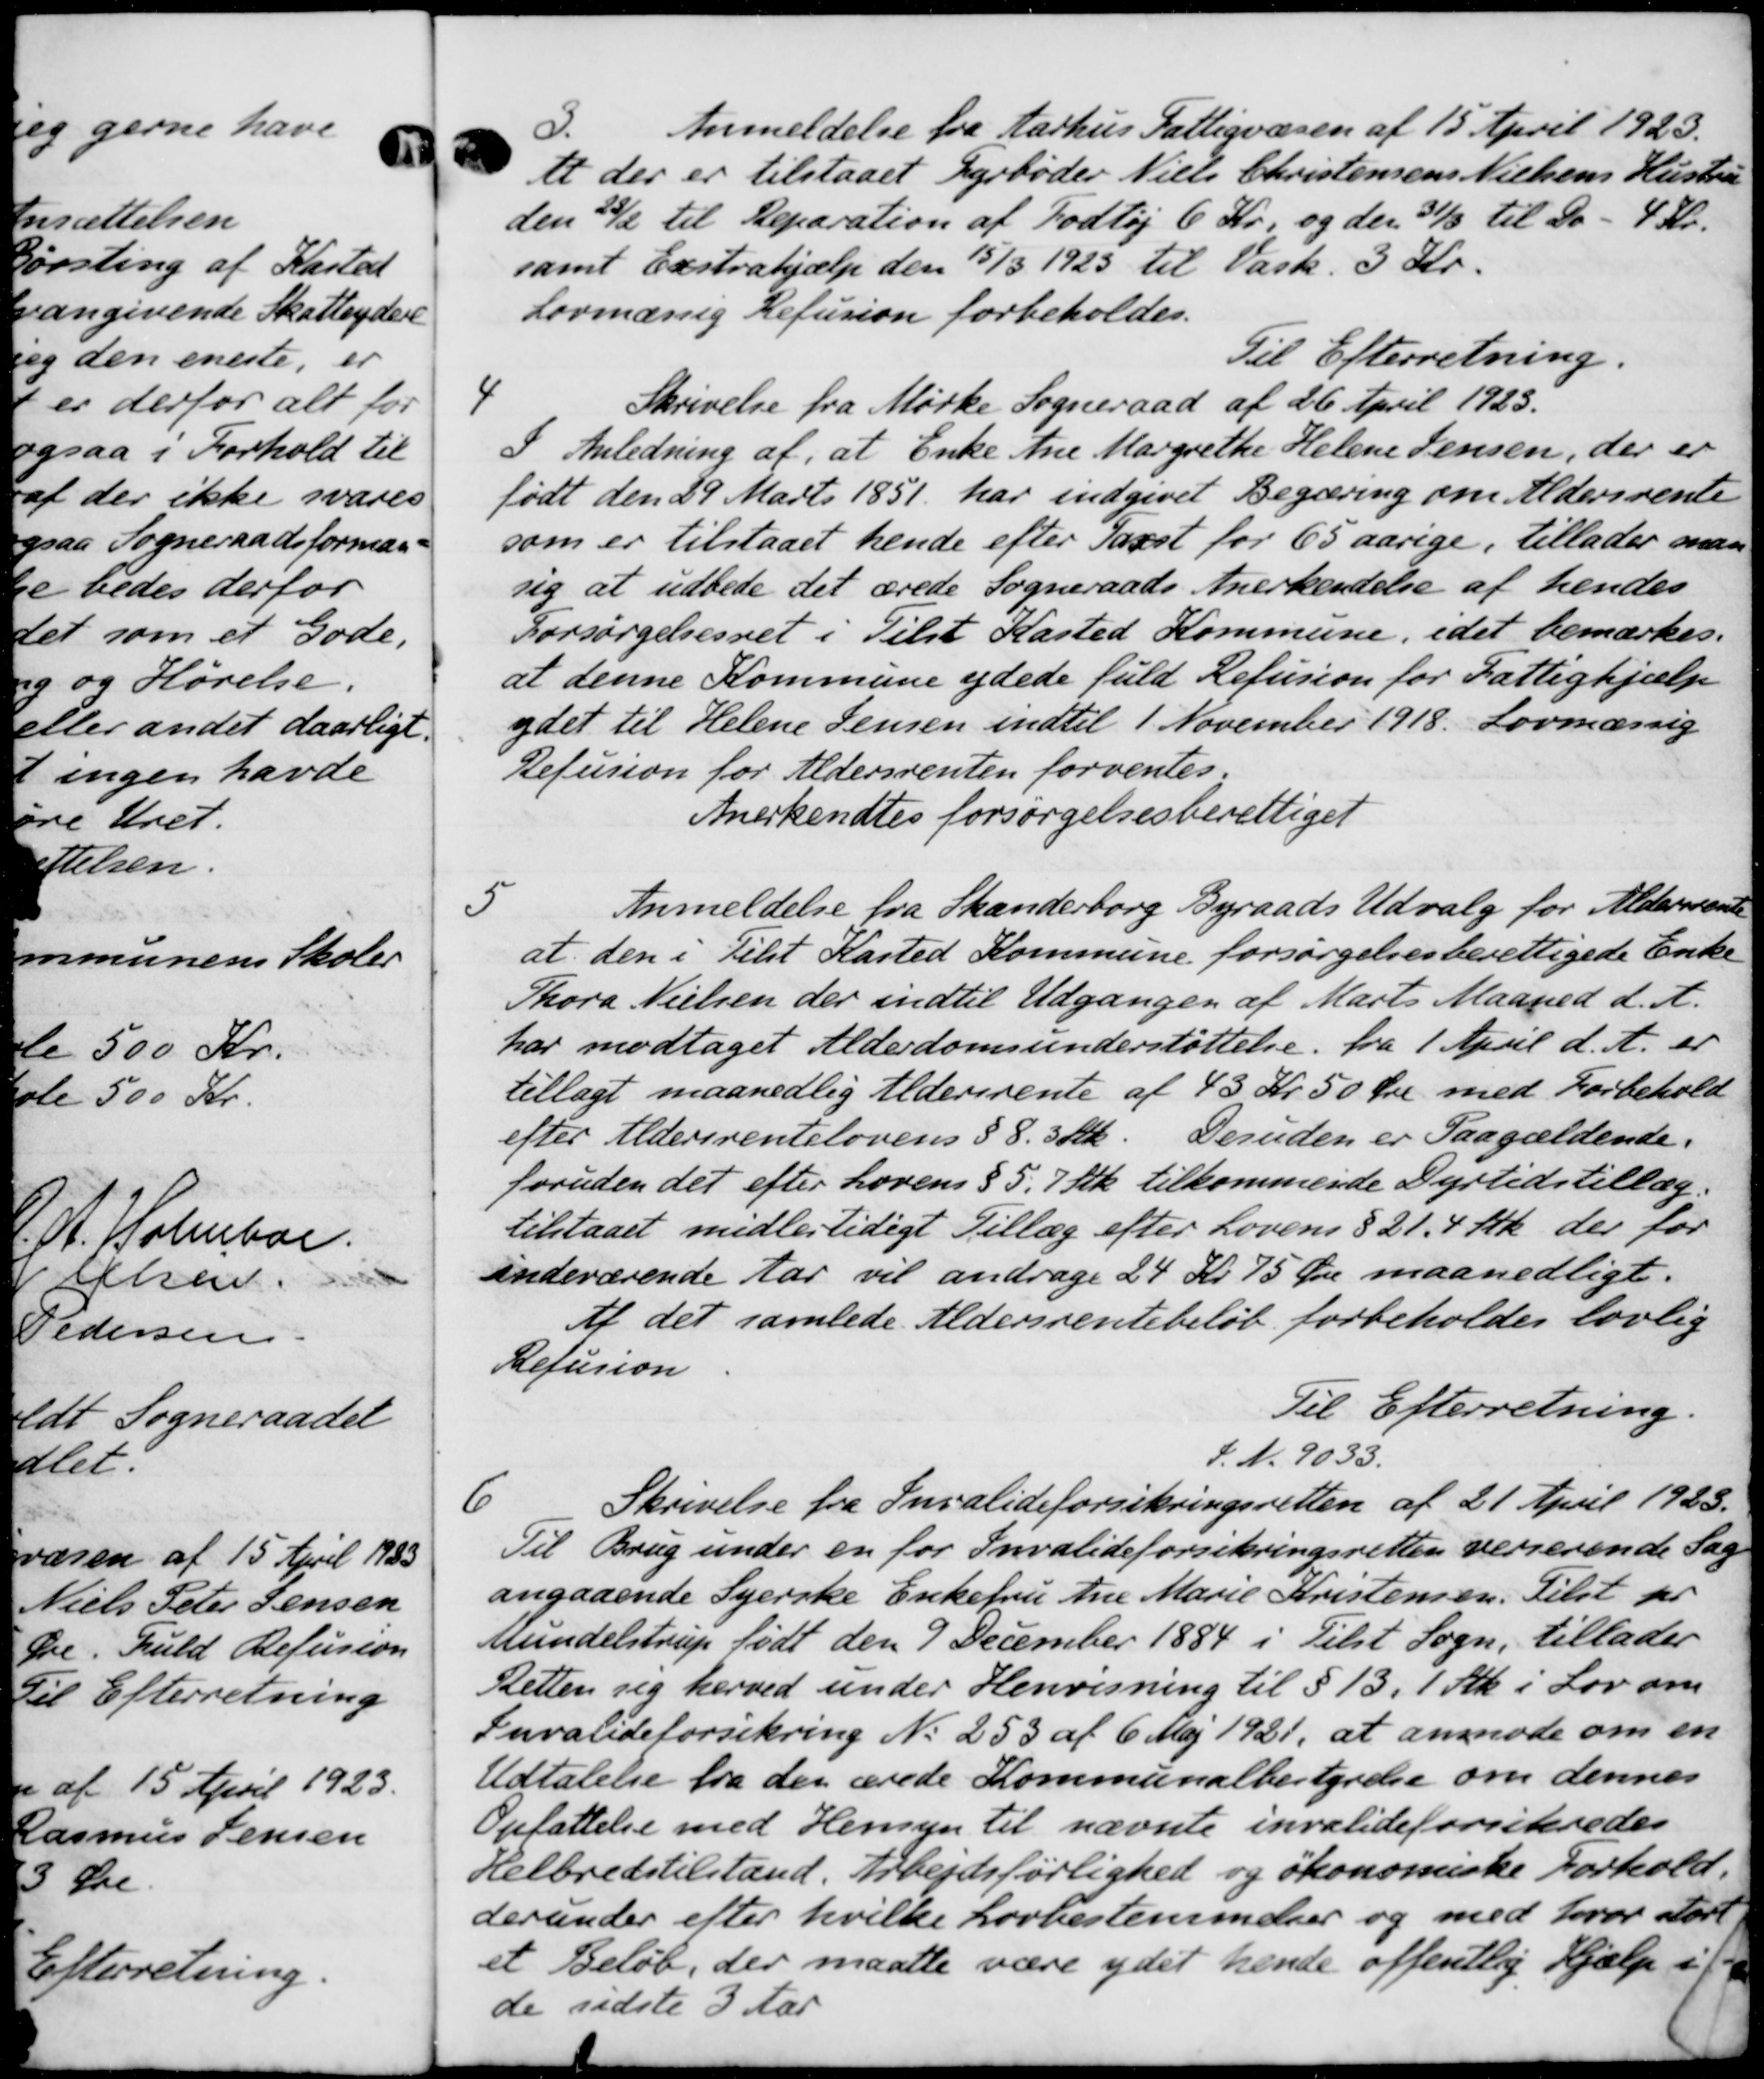
Transskription:
Anmeldelse fra Aarhus Fattigvæsen af 15 April 1923.
ti der er tilstaaet Fyrbøder Niels Christensens Nielsens Hustru
den 22/2 til Reparation af Fodtøj 6 Kr. og den 31/3 til Do - 4 Kr.
samt Exstrahjælp den 5/3 1923 til Vask. 3 Kr.
Lovmæssig Refusion forbeholdes.
Til Efterretning.
4
Skrivelse fra Mørke Sogneraad af 26 April 1923.
I Anledning af, at Enke Ane Margrethe Helene Jensen, der er
født den 29 Marts 1851 har indgivet Begæring om Aldersrente
som er tilstaaet hende efter Takst for 65 aarige, tillader man
sig at udbede det ærede Sogneraads Anerkendelse af hendes
Forsørgelsesret i Tilst Kasted Kommune, idet bemærkes.
at denne Kommune ydede fuld Refusion for Fattighjælp
ydet til Helene Jensen indtil 1 November 1918. Lovmæssig
Refusion for Aldersrenten forventes.
Anerkendtes forsørgelsesberettiget
5
Anmeldelse fra Skanderborg Byraads Udvalg for Aldersrente
at den i Tilst Kasted Kommune forsørgelsesberettigede Enke
Thora Nielsen der indtil Udgangen af Marts Maaned d. A.
har modtaget Alderdomsunderstøttelse fra 1 April d. A. er
tillagt maanedlig Aldersrente af 45 Kr. 50 Øre med Forbehold
efter Aldersrentelovens § 8. 3 Stk. Desuden er Paagældende.
foruden det efter Lovens § 5. 7 Stk tilkommende Dyrtidstillæg.
tilstaaet midlertidigt Tillæg efter Lovens § 21. 4 Stk, der for
indeværende Aar vil andrage 24 Kr. 75 Øre maanedligt.
Af det samlede Aldersrentebeløb forbeholdes lovlig
Refusion
Til Efterretning.
F. N. 9033.
6
Skrivelse fra Invalideforsikringsretten af 21 April 1923.
Til Brug under en for Invalideforsikringsretten verserende Sag
angaaende Syerske Enkefru Ane Marie Kristensen. Tilst pr
Mundelstrup født den 9 December 1884 i Tilst Sogn, tillader
Retten sig herved under Henvisning til § 13, 1 Stk i Lov om
Invalideforsikring N. 253 af 6 Maj 1921, at anmode om en
Udtalelse fra den ærede Kommunalbestyrelse om dennes
Opfattelse med Hensyn til nævnte invalideforsikredes
Helbredstilstand. Arbejdsførlighed og økonomiske Forhold.
derunder efter hvilke Lovbestemmelser og med hvor Aart
et Beløb, der maatte være ydet hende offentlig Hjælp i
de sidste 3 Aar